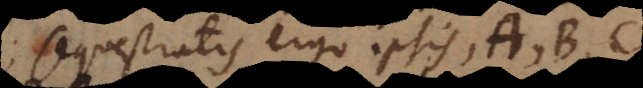
questratis ergo ipsis, A, B, C.